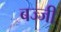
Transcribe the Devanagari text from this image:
बज्जी